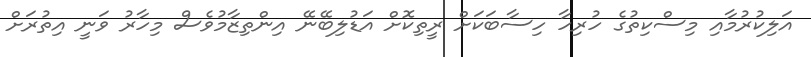
އަލިކުރުމާއި މިސްކިތުގެ ހުރިހާ ހިސާބަކަށް ރީތިކޮށް އަޑުލިބޭނޭ އިންތިޒާމުވެސް މިހާރު ވަނީ އިތުރަށް